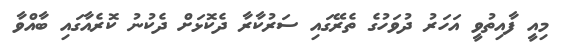
މިއީ ފާއިތުވީ އަހަރު ދުވަހުގެ ތެރޭގައި ސަރުކާރާ ދެކޮޅަށް ދެކުނު ކޮރެއާގައި ބާއްވާ